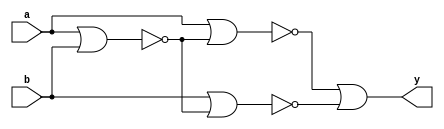
`timescale 1ns / 1ps


module XRL(a,b,y);
	input a,b;
	output y;
	wire [3:0] w;
	nor (w[0],a,b);
	nor (w[1],a,w[0]);
	nor (w[2],b,w[0]);
	nor (w[3],w[1],w[2]);
	nor (y,w[3],w[3]);
endmodule